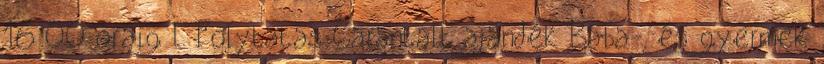
16:00 óráig l. Folytatás Garantált ajándék Baba-, és gyermek